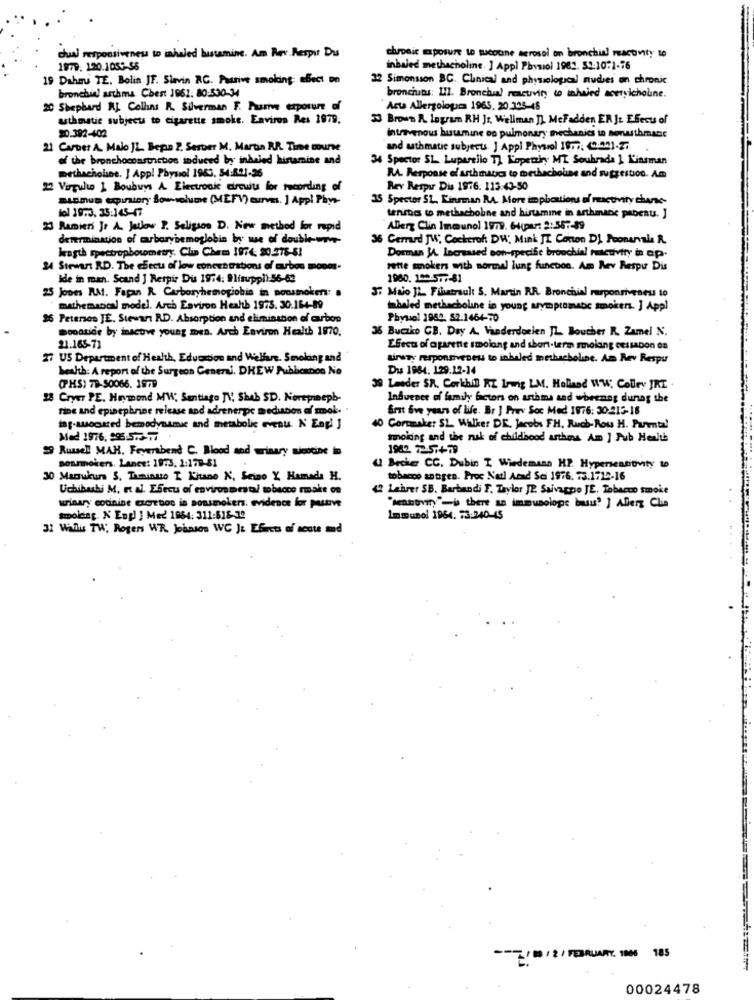
chronic exposure to sucoone aerosol on bronchial reactivity to
dual responsiveness to inhaled butamine. Am Rev Respir Du
1979. 120.1053-55
inbaled methacholine. ] Appl Physiol 1983. 59-10:1-76
19 Daheu TE. Bolin JF. Slavin RG. Passive smoking effect on
32 Simonsson BC. Clinical and physiological nudes on chronic
bronchie! asthma Chest 1961. 80:530-34
bronchuans: 111. Bronchial reacuviry to inhaled acetylcholine.
20 Shephard AL Colhans R. Silverman F. Puste exposure of
Acu Allergolopura 1963, 20.305-48
asthmatie subject to cigarette smoke. Environ Res 1979;
33 Brown A. logram RH Jr. Wellman [] McFadden ER Jt ESecu of
$0.392-402
intravenous husmine oo pulmonary mechanics in sonasthmane
21 CarDer A. Malo JL. Bepin 2. Serter M. Martin RR. Time course
and asthmatic subjects. J Appl Physiol 1877: 0.001.2.
of the bronchocoastnetos induced by inhaled histamine and
34 Spector SL. Luparello 1) Kopetziy MI Souhrada 1 Kinsman
Dethacholine. J App! Physiol 1963. 54:801-26
RA. Response of asthmatics to methacholine and suggestion. Am
22 Virgule 1 Boubuys A. Electronic circuits for recording of
Rev Respir Dis 1976. 113:43-50
Sienun equntery Sow-volume (MEFV) curves. ] Appl Phys-
35 Spector SL. Kinman MA. More implications of reactivity chasse
fol 19.3. 35:145-47
teristic to methachohne and histamine in arthmacic pabent. ]
23 Ramien Jr A. Jutlow P. Seligsos D. New method for rapid
Allerg Clin Immunol 1979. 64(ar: 2:567-89
determination of mborybemoglobin by we of double-wave-
36 Cerad JW, Cockeroh DW, Mink JI Conton D) Poonervala R.
Jagth spectropbowmetry. Clin Chem 1974: 20.278-61
Dorman JA. Increased son-specific broochial ruactivity in ap-
24 Stewart RD. The effects of low concentrations of aubos moom.
rette smokers with normal lung function. Am Rev Respu Dis
Ide in man. Scand ] Respir Dus 1974: 9lisuppl):56-62
1980. 199:577-81
37 Maio JL Filtrault S. Martin RR. Bronchial responsiveness to
25 Jones RM. Fapan R. Carboryhemoglobin in nonsmoker: .
mathematical model. Arch Eaviron Health 1975. 30.164-89
inhaled methacholine in young symptomatic smokers. ] Appl
26 Petenses JE. Stewart RD. Absorption and elimination of carbon
Phyuol 1962. 52.1464-70
Dopatice by inactive young men. Arch Environ Health 1970.
36 Buczko GB. Day A. Vanderdorien JL Boucher R. Zamel N.
21.165-71
Effects of aparente smolang and short-term smoking cessabon on
27 US Department of Health, Education and Welfare. Smoking and
tirTy responsiveness to inhaled methacholine. Am Rev Respu
health: A report of the Surgeon General, DHEW Publicanos No
Dus 1984: 129.12-14
(PHS) 78-50066. 1979
39 Lasder SR. Corkhil RZ Irung LM. Holland WW, Colley JRT
28 Cryer PE. Haymond MW, Santiago JV Shab SD. Norepineph-
Influence of family factors on asthma and wbeenng during the
fine and epinephrine release and adrenerpie medusion af mok.
first five years of life. Br ] Prav Soc Med 1976: 30:215-18
tag-suocated hemodynamic and metabolic event N Engl J
10 Cortmaker SL. Walker DE. Jacobs FH. Ruch- Row H. Purental
Med 1976, 295.573-77
smoking and the nusk of childhood arthas Am ] Pub Health
29 Russell MAH. Feyerabend C. Blood and winary nicotine in
1982. 72-57+79
posmokers. Lance: 1973. 1:179-81
U Becher CC. Dubin I Wiedemann HP. Hypenseanovity to
30 Marukurs S. Tuminuto I Kitano N. Seino Y Hamada H.
tobacco antigen. Proc Natl Acad Sci 1976. 73.1712-16
Uchibushi M, Et al. ESecu of environmental tobacco make on
42 Lehrer SB. Barbandi F. Taylor JP. Ssivappio JE. Tobacco smoke
"seattivit)"-is there an immusolope busus? ] Allerg Clia
urinary codinine mottion is ponsmokers. evidence for pusve
smolding. N Engl J Med 1964: 311:618-12
Immunol 1964: 73:240-45
31 Wallis TW; Rogers WR. Johnson WC J: Efects af acute and
-- 2/10/2/ FEBRUARY. 1000 185
00024478